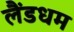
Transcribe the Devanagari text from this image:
लैंडधम